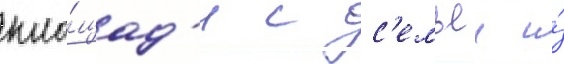
пло́щад'и с с'емьеи и́